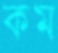
কম